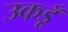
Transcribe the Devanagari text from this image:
उकडूँ